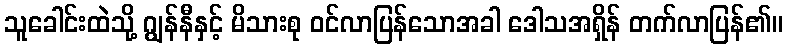
သူခေါင်းထဲသို့ ဂျွန်နီနှင့် မိသားစု ဝင်လာပြန်သောအခါ ဒေါသအရှိန် တက်လာပြန်၏။